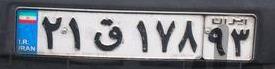
۲۱ق۱۷۸۹۳